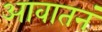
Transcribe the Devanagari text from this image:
आवातनं